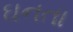
ઘનતા